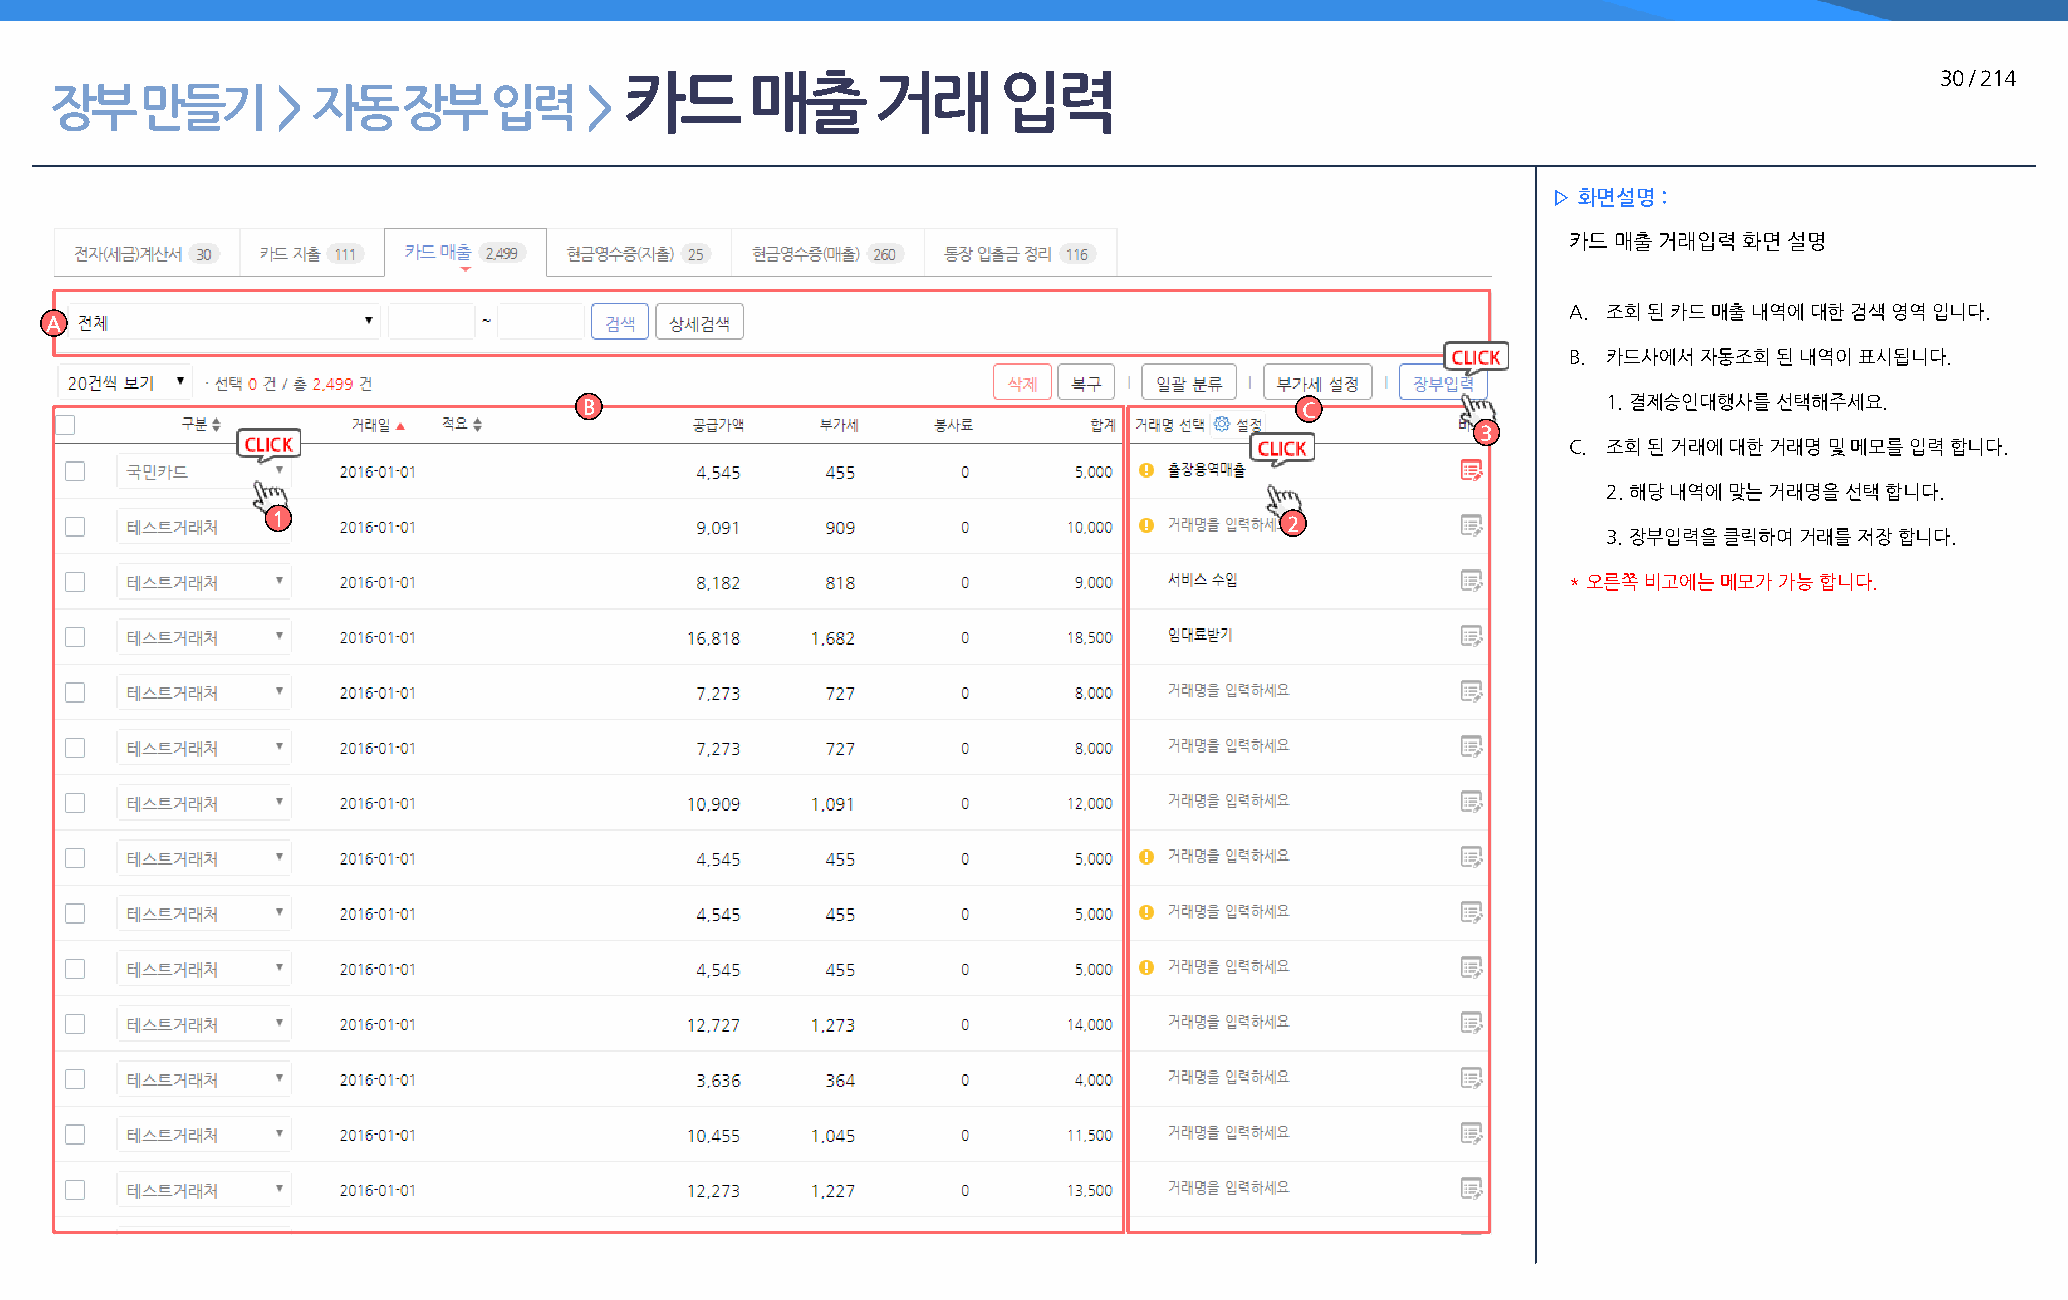
카드       매출      거래      입력                                                            30 / 214
 장부    만들기      >  자동    장부   입력     >
 ▷ 화면설명 :
 카드 매출 거래입력 화면 설명
 A. 조회 된 카드 매출 내역에 대한 검색 영역 입니다.
 A
 B. 카드사에서 자동조회 된 내역이 표시됩니다.
 B                                              C                   1. 결제승인대행사를 선택해주세요.
 3
 C. 조회 된 거래에 대한 거래명 및 메모를 입력 합니다.
 2. 해당 내역에 맞는 거래명을 선택 합니다.
 1                                                                  2
 3. 장부입력을 클릭하여 거래를 저장 합니다.
 * 오른쪽 비고에는 메모가 가능 합니다.